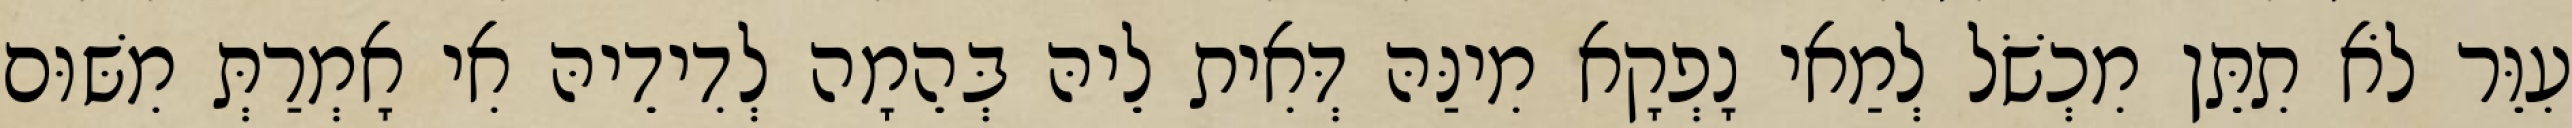
עִוֵּר לֹא תִתֵּן מִכְשֹׁל לְמַאי נָפְקָא מִינַּהּ דְּאִית לֵיהּ בְּהֵמָה לְדִידֵיהּ אִי אָמְרַתְּ מִשּׁוּם